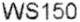
WS150